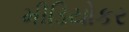
મીડિયોકર